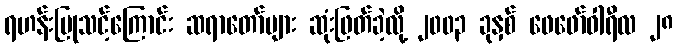
ရဟန်းပြုသင့်ကြောင်း ဆရာတော်များ ဆုံးဖြတ်ခဲ့လို့ ၂၀၀၃ ခုနှစ် ဖေဖော်ဝါရီလ ၂၈